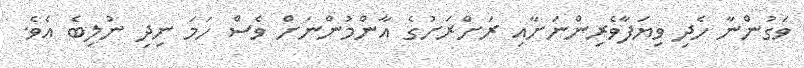
ވަގުންނާ ހެދި ވިޔަފާވެރިންނަށާއި ރަށްރަށުގެ އާންމުންނަށް ވެސް ހަމަ ނިދި ނުލިބެ އެވެ.